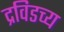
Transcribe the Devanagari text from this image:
द्रविडच्य